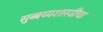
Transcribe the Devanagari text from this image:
सुब्बय्यशास्त्रींचा